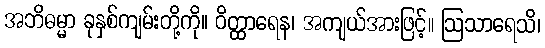
အဘိဓမ္မာ ခုနှစ်ကျမ်းတို့ကို။ ဝိတ္ထာရေန၊ အကျယ်အားဖြင့်။ ဩသာရေသိ၊